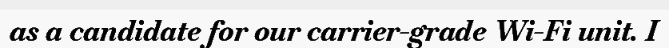
as a candidate for our carrier-grade Wi-Fi unit. I